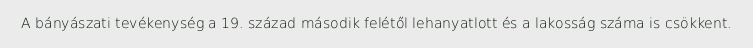
A bányászati tevékenység a 19. század második felétől lehanyatlott és a lakosság száma is csökkent.